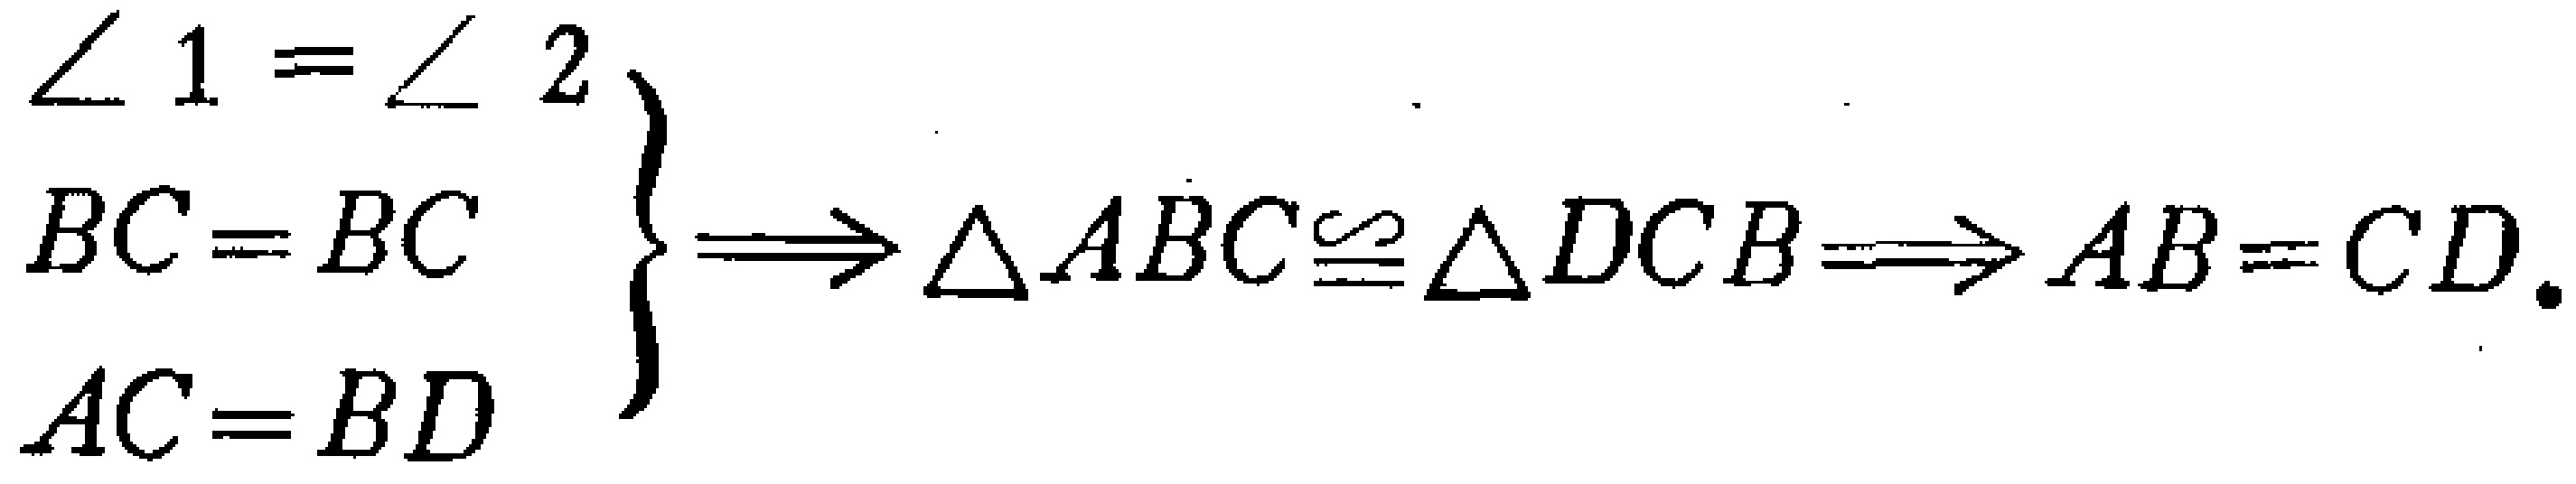
\[

\left.

\begin{array}{l}

\angle 1 = \angle 2 \\

BC = BC \\

AC = BD

\end{array}

\right\}

\Longrightarrow

\triangle ABC\cong\triangle DCB

\Longrightarrow

AB = CD.

\]